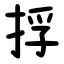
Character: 捊